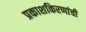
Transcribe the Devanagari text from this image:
प्रकाशकिरणांची